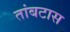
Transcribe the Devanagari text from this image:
तांबटास